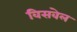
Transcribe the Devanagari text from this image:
विसवेल